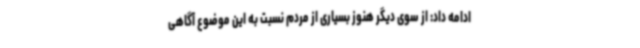
ادامه داد: از سوی دیگر هنوز بسیاری از مردم نسبت به این موضوع آگاهی